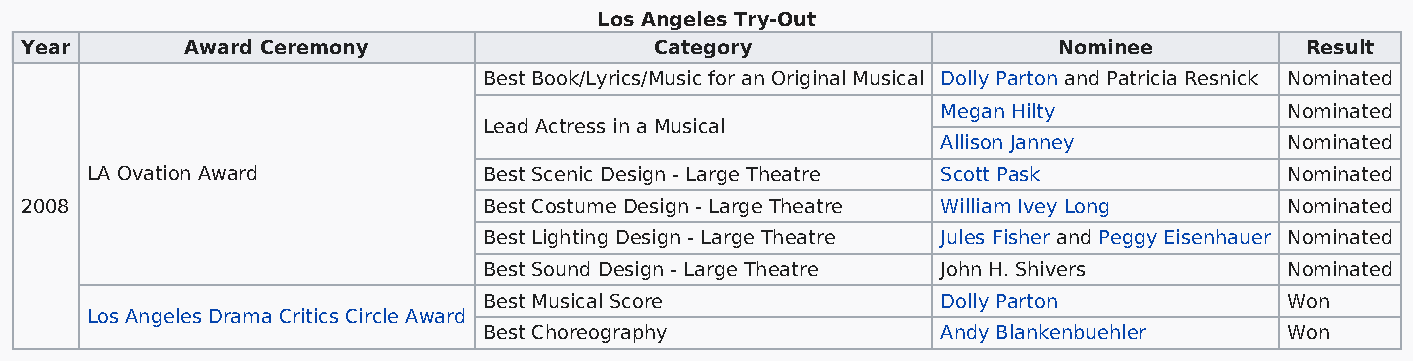
Los Angeles Try-Out
 Year       Award Ceremony                 Category                   Nominee         Result
 Best Book/Lyrics/Music for an Original Musical Dolly Parton and Patricia Resnick Nominated
 Megan Hilty            Nominated
 Lead Actress in a Musical
 Allison Janney         Nominated
 LA Ovation Award          Best Scenic Design - Large Theatre Scott Pask        Nominated
 2008                           Best Costume Design - Large Theatre William Ivey Long Nominated
 Best Lighting Design - Large Theatre Jules Fisher and Peggy Eisenhauer Nominated
 Best Sound Design - Large Theatre John H. Shivers    Nominated
 Best Musical Score            Dolly Parton           Won
 Los Angeles Drama Critics Circle Award
 Best Choreography             Andy Blankenbuehler    Won